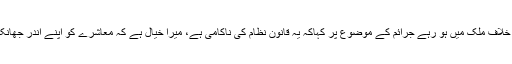
سی ایم کجریوال نے خواتین کے خلاف ملک میں ہو رہے جرائم کے موضوع پر کہاکہ یہ قانون نظام کی ناکامی ہے، میرا خیال ہے کہ معاشرے کو اپنے اندر جھانک کر دیکھنے کی ضرورت ہے۔